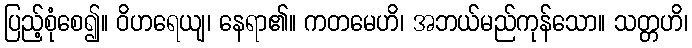
ပြည့်စုံစေ၍။ ဝိဟရေယျ၊ နေရာ၏။ ကတမေဟိ၊ အဘယ်မည်ကုန်သော။ သတ္တဟိ၊